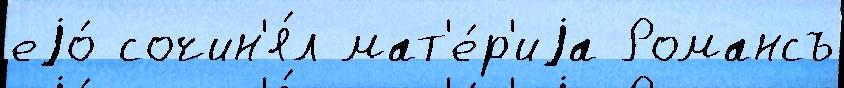
еjо́ сочин'я́л мат'е́р'иjа Романсъ